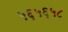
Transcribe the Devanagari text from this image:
५६५६५८